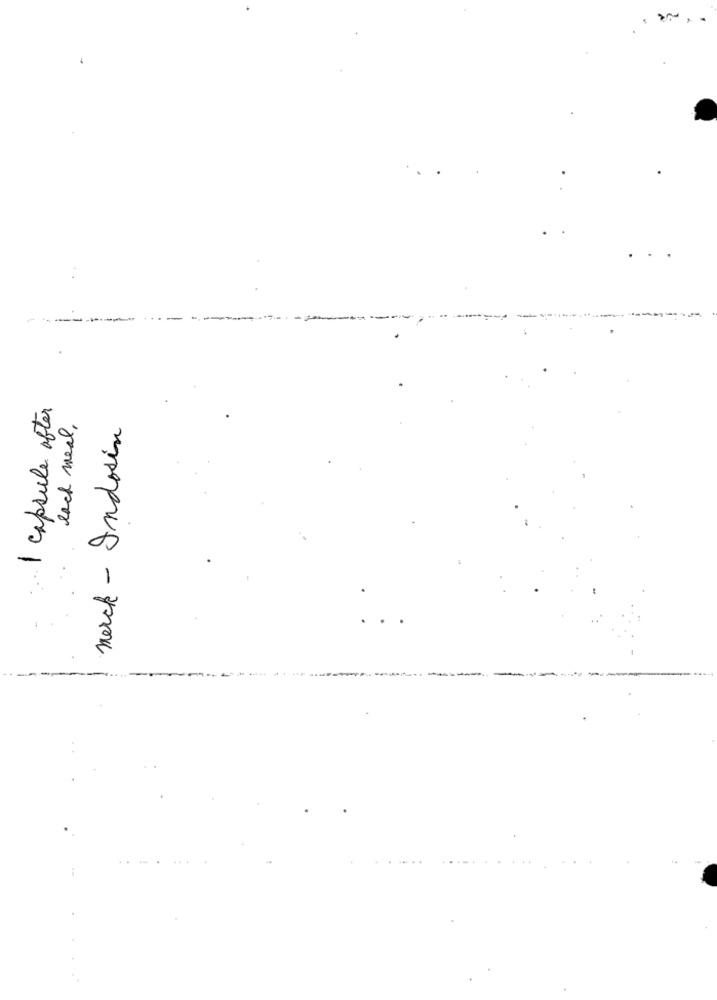
1 capsule after
each meal,
march - Indosin
-